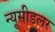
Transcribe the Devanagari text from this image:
न्यूसीडलर